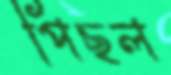
পিছল